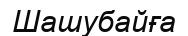
Шашубайға